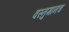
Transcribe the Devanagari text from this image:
वस्तुमानच